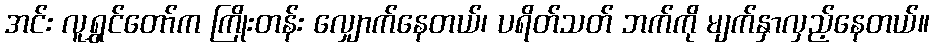
အင်း လူရွှင်တော်က ကြိုးတန်း လျှောက်နေတယ်၊ ပရိတ်သတ် ဘက်ကို မျက်နှာလှည့်နေတယ်။